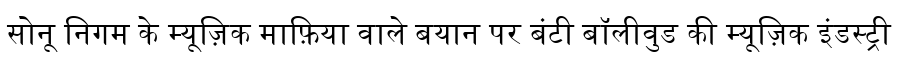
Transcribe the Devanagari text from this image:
सोनू निगम के म्यूज़िक माफ़िया वाले बयान पर बंटी बॉलीवुड की म्यूज़िक इंडस्ट्री